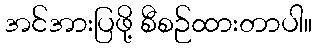
အင်အားပြဖို့ စီစဉ်ထားတာပါ။